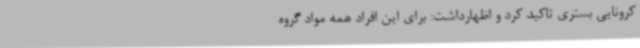
کرونایی بستری تاکید کرد و اظهارداشت: برای این افراد همه مواد گروه